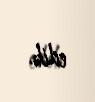
edib.